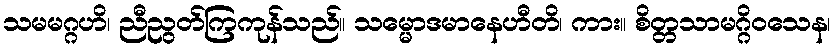
သမမဂ္ဂဟိ၊ ညီညွတ်ကြကုန်သည်။ သမ္မောဒမာနေဟီတိ၊ ကား။ စိတ္တသာမဂ္ဂိဝသေန၊